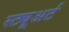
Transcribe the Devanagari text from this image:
स्ट्यूअर्ट